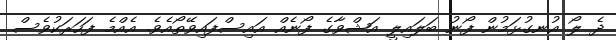
ދެ ލޯ އުނގުޅަމުން ފޯނު ބަލައިލީ އަޝްވާގެ ފޯނެއް އައިސްފައިވޭތޯއެވެ. އެއްމެ ފަހަރަކުވެސް